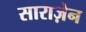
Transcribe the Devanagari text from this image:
साराज़ेन